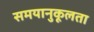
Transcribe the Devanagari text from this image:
समयानुकूलता